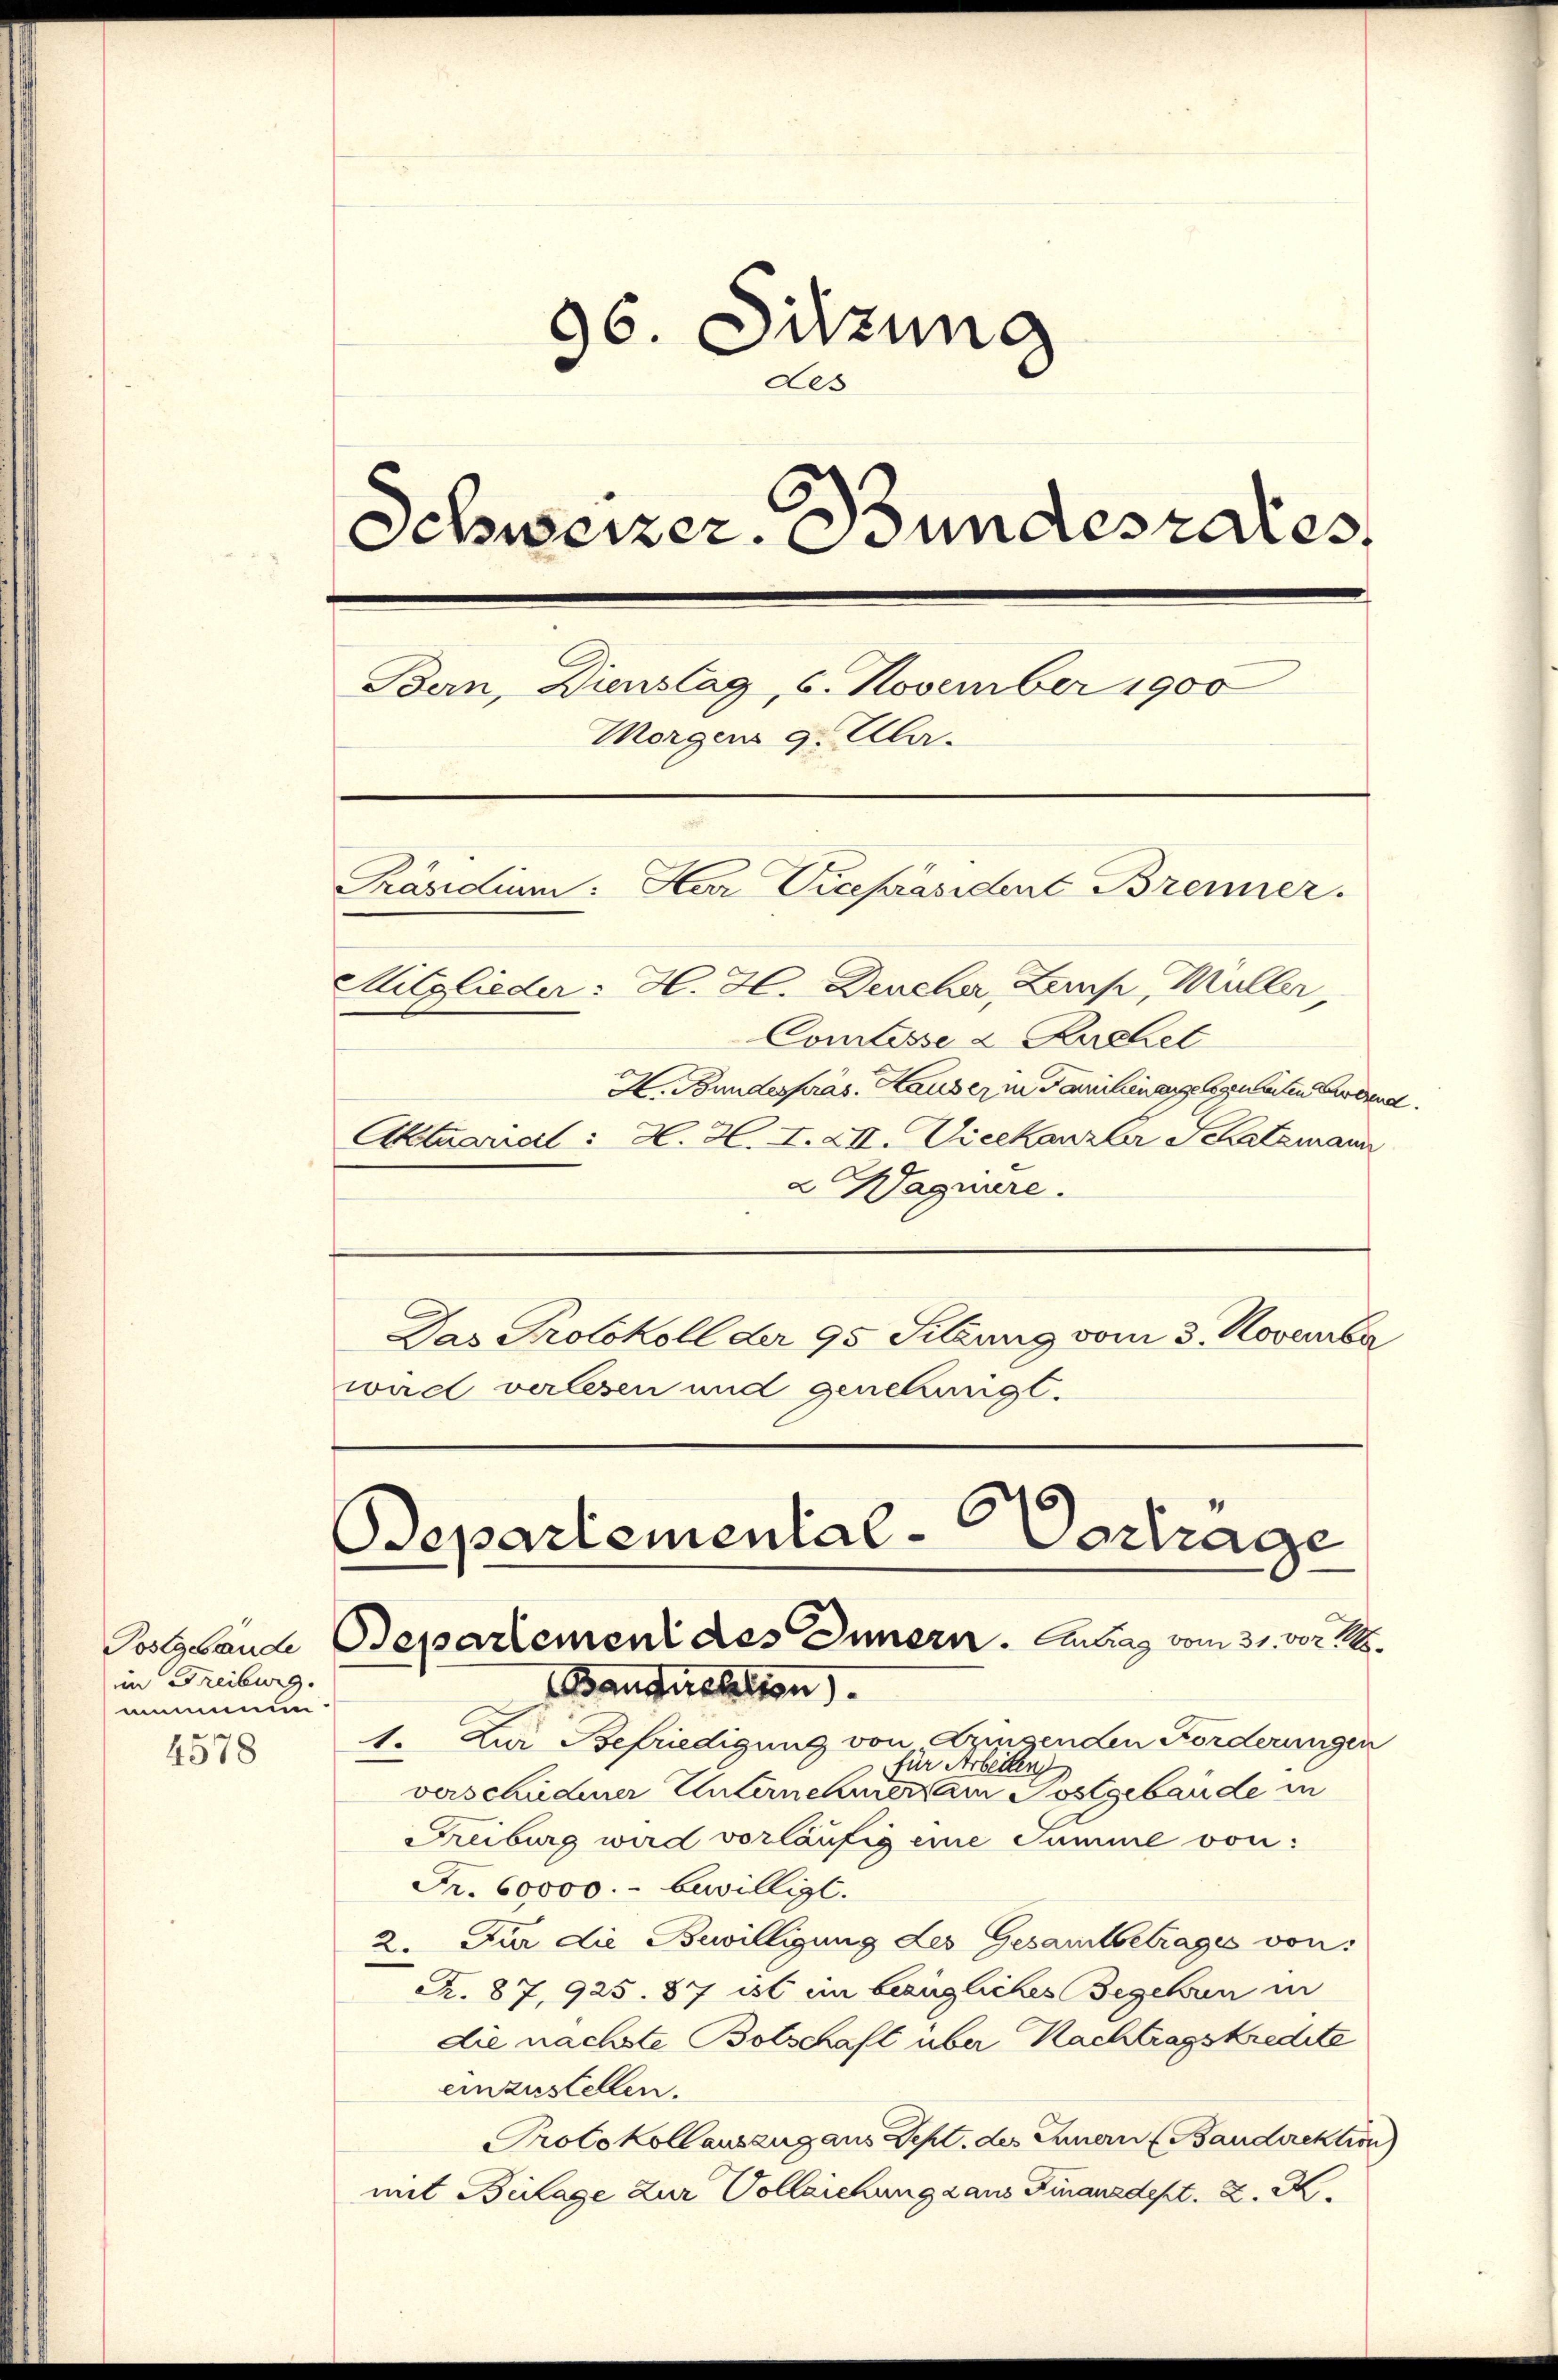
im Freiburg.
mummun
4578

96. Sitzung
des
Schweizer. Bundesrates
Bern, Dienstag, 6. November 1900
Morgens 9. Ula.
Präsidium: Herr Vicepräsident Brenner.
Mitglieder: H. H. Deucher, Lemp, Müller,
Comtesse 2 Kuchel

H. Bundespräs. Hauser in Familienergelegneten und
Aktuariat : H. H. F. XII. Dieekanzler Schatzmann

2 Wagenere.
Das Protokoll der 95 Sitzung vom 3. November
wird verlesen und genehmigt.

Departemental-Vertrage
Solgbande Departement des Innern. Antrag vom 31. vor.

Baudirektion).
1. Zur Befriedigung von Dringenden Förderungen
für Arbeiten
verschiedener Unternehmerz am Postgebäude in
Freiburg wird vorläufig eine Summe von:
Fr. 60000.- bewilligt.
2. Für die Bewilligung des Gesamtbetrages von:
R. 87, 925. 87 ist im bezügliches Begehren in
die nächste Botschaft über Nachtragskredite
einzustellen.
Protokollauszug aus Sept. des Innern f Baudirektion)
mit Beilage zur Vollziehung dans Finanzdept. K. R.